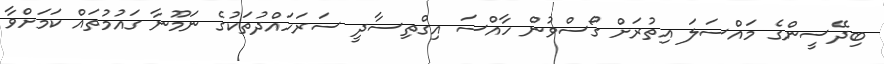
ބިދޭސީންގެ މައްސަލަ އިތުރަށް ގޯސްވުން ހާއްސަ އިގްތިސާދީ ސަރަހައްދުތަކުގެ ނަމޫނާ ގައުމުތައް ކަމަށްވާ